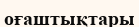
оғаштықтары